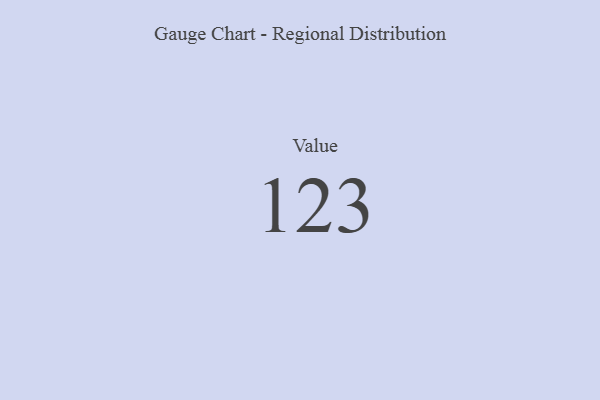
{"axis": {"x": "Metric", "y": "Value"}, "legend": [""], "data": [{"x": "Value", "y": 123, "type": ""}]}